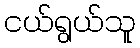
ငယ်ရွယ်သူ